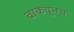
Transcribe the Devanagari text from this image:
वाकवूनच